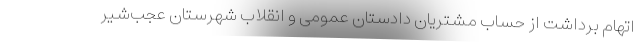
اتهام برداشت از حساب مشتریان دادستان عمومی و انقلاب شهرستان عجب‌شیر